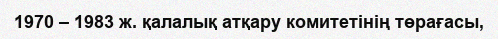
1970 – 1983 ж. қалалық атқару комитетінің төрағасы,